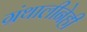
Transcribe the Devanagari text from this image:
ग्रंथालीनेही